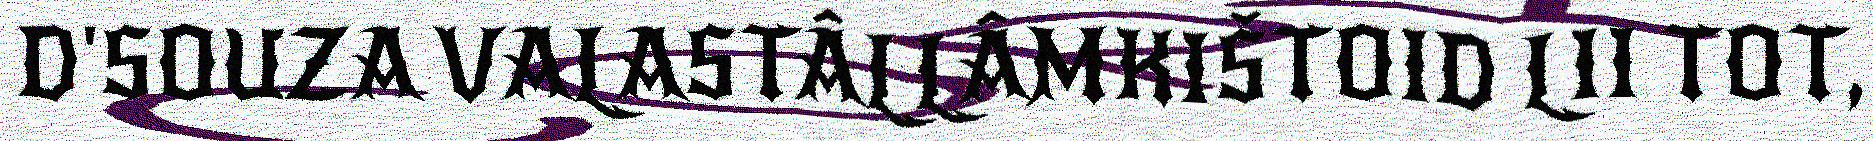
D'SOUZA VALASTÂLLÂMKIŠTOID LII TOT,